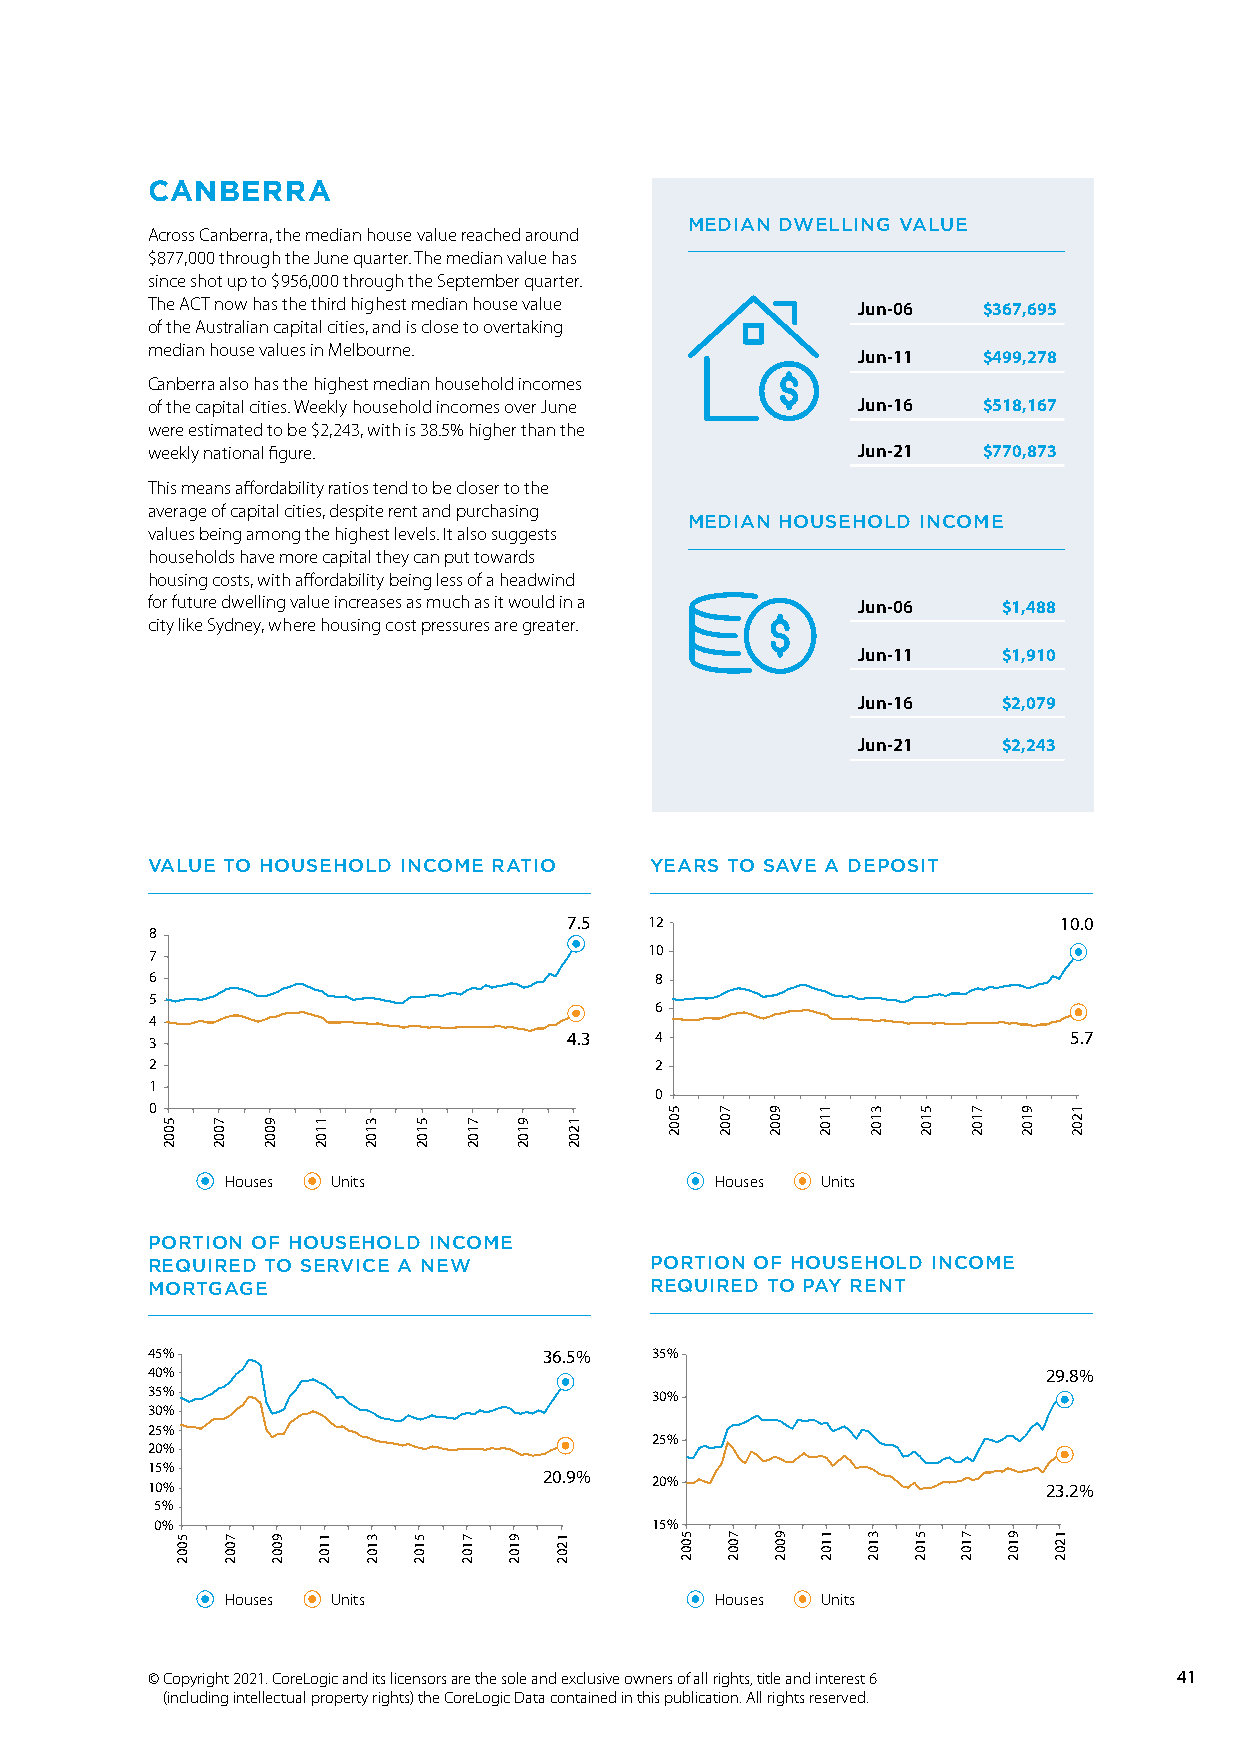
CANBERRA
 MEDIAN DWELLING VALUE
 Across Canberra, the median house value reached around
 $877,000 through the June quarter. The median value has
 since shot up to $956,000 through the September quarter.
 The ACT now has the third highest median house value Jun-06 $367,695
 of the Australian capital cities, and is close to overtaking
 median house values in Melbourne.
 Jun-11  $499,278
 Canberra also has the highest median household incomes
 of the capital cities. Weekly household incomes over June Jun-16 $518,167
 were estimated to be $2,243, with is 38.5% higher than the
 weekly national figure.                        Jun-21  $770,873
 This means affordability ratios tend to be closer to the
 average of capital cities, despite rent and purchasing
 MEDIAN HOUSEHOLD INCOME
 values being among the highest levels. It also suggests
 households have more capital they can put towards
 housing costs, with affordability being less of a headwind
 for future dwelling value increases as much as it would in a Jun-06 $1,488
 city like Sydney, where housing cost pressures are greater.
 Jun-11   $1,910
 Jun-16   $2,079
 Jun-21   $2,243
 VALUE TO HOUSEHOLD INCOME RATIO  YEARS TO SAVE A DEPOSIT
 7.5  12                         10.0
 8
 7                                10
 6                                8
 5
 6
 4
 3                           4.3  4                           5.7
 2                                2
 1
 0
 0
 Houses Units                    Houses Units
 PORTION OF HOUSEHOLD INCOME
 REQUIRED TO SERVICE A NEW        PORTION OF HOUSEHOLD INCOME
 MORTGAGE                         REQUIRED TO PAY RENT
 45%                       36.5%  35%
 40%                                                        29.8%
 35%                              30%
 30%
 25%
 25%
 20%
 15%
 10%                       20.9%  20%                       23.2%
 5%
 0%                               15%
 Houses Units                    Houses Units
 © Copyright 2021. CoreLogic and its licensors are the sole and exclusive owners of all rights, title and interest 6 41
 (including intellectual property rights) the CoreLogic Data contained in this publication. All rights reserved.
 5002
 5002
 7002
 7002
 9002
 9002
 1102
 1102
 3102
 3102
 5102
 5102
 7102
 7102 9102
 9102
 1202
 1202
 5002
 5002
 7002
 7002
 9002
 9002
 1102
 1102
 3102
 3102 5102
 5102
 7102
 7102
 9102
 9102
 1202
 1202